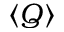
\left< Q \right>